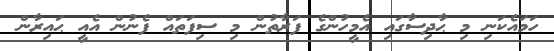
ހަމައެކަނި މި ޙާދިސާގައި އެމީހުންގެ ފަރާތުން މި ސިފަތައް ފެނުން އެއީ ޙައިރާން